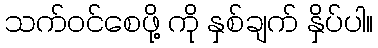
သက်ဝင်စေဖို့ ကို နှစ်ချက် နှိပ်ပါ။